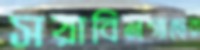
সয়াবিনগাছের